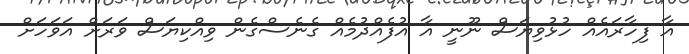
އާ ފިހާރައެއް ހުޅުވިޔަސް ނޫނީ އާ އުފެއްދުމެއް ގެނެސްގެން ވިއްކިޔަސް ވަރަށް އަވަހަށް